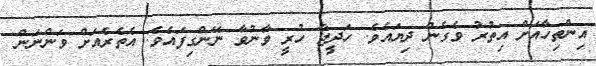
އިންތިހާއަށް އިތުރު ވެގެން ދިޔައެވެ. ހަދީޖާ ހުރީ ވާނުވާ ނޭންގިފައެވެ. އެތެރެއަށް ވަންނަން